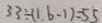
3 3 \div ( 1 . 6 - 1 ) = 5 5